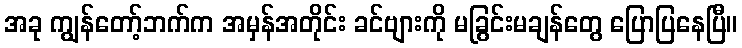
အခု ကျွန်တော့်ဘက်က အမှန်အတိုင်း ခင်ဗျားကို မခြွင်းမချန်တွေ ပြောပြနေပြီ။